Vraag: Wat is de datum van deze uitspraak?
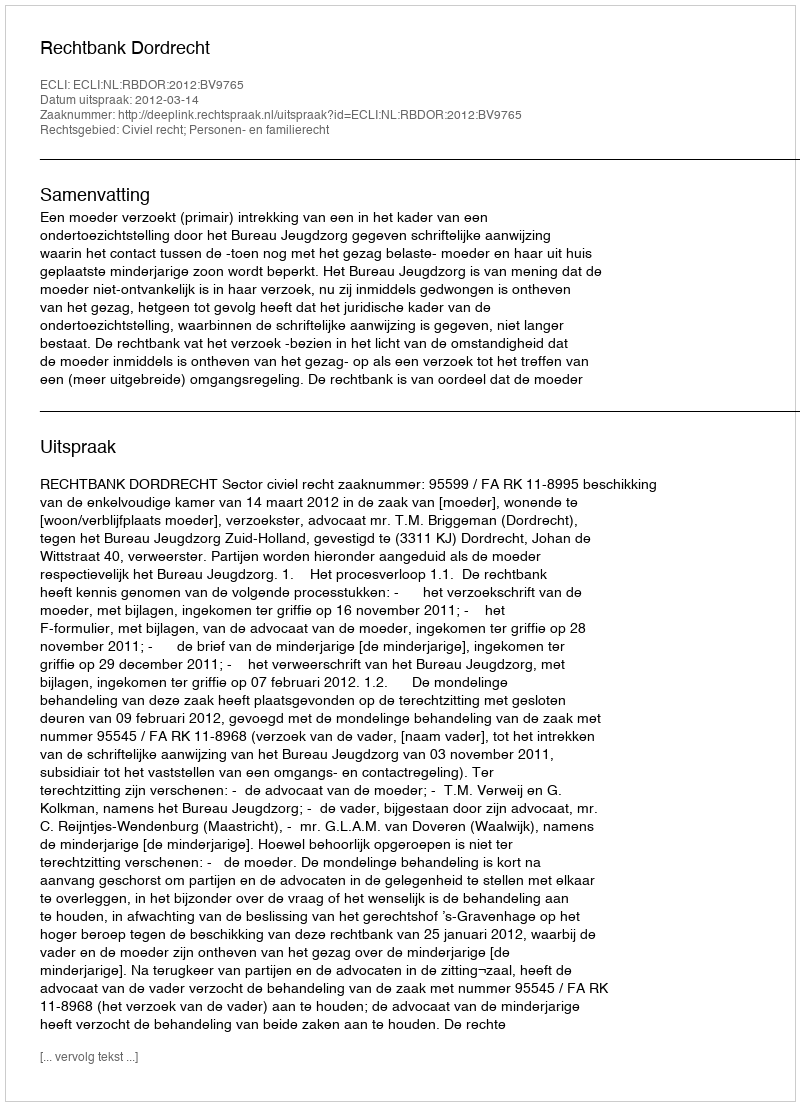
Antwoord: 2012-03-14